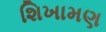
શિખામણ